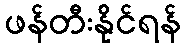
ဖန်တီးနိုင်ရန်